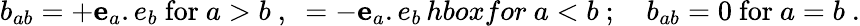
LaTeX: b_{ab}=+{\mathbf e_{a}.e_{b}}\ \mathrm{for}\ a>b\ ,\ =-{\mathbf e_{a}.e_{b}}\, hbox{for}\ a<b\ ;\quad b_{ab}=0\ \mathrm{for}\ a=b\ .